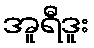
အူရီဒူး